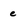
Character: e